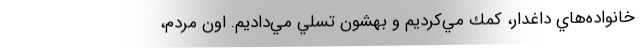
خانواده‌هاي داغدار، كمك مي‌كرديم و بهشون تسلي مي‌داديم. اون مردم،